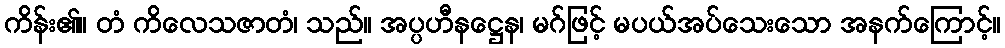
ကိန်း၏။ တံ ကိလေသဇာတံ၊ သည်။ အပ္ပဟီနဋ္ဌေန၊ မဂ်ဖြင့် မပယ်အပ်သေးသော အနက်ကြောင့်။